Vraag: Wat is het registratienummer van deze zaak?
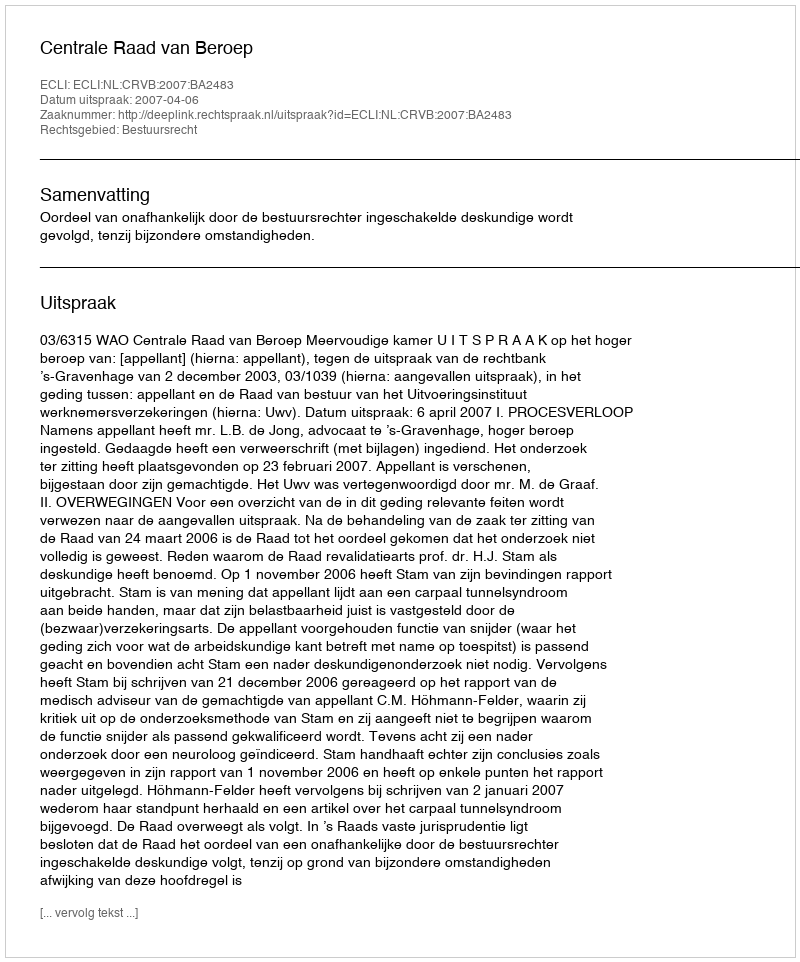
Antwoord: http://deeplink.rechtspraak.nl/uitspraak?id=ECLI:NL:CRVB:2007:BA2483